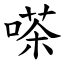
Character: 嗏